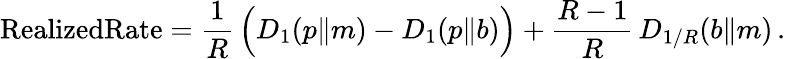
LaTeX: \mathrm{{RealizedRate}}={\frac{1}{R}}\, {\Big(}D_{1}(p\| m)-D_{1}(p\| b){\Big)}+{\frac{R-1}{R}}\, D_{1/R}(b\| m)\, .